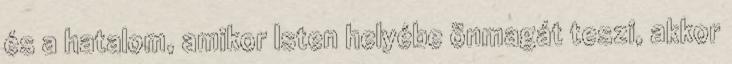
és a hatalom, amikor Isten helyébe önmagát teszi, akkor